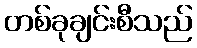
တစ်ခုချင်းစီသည်